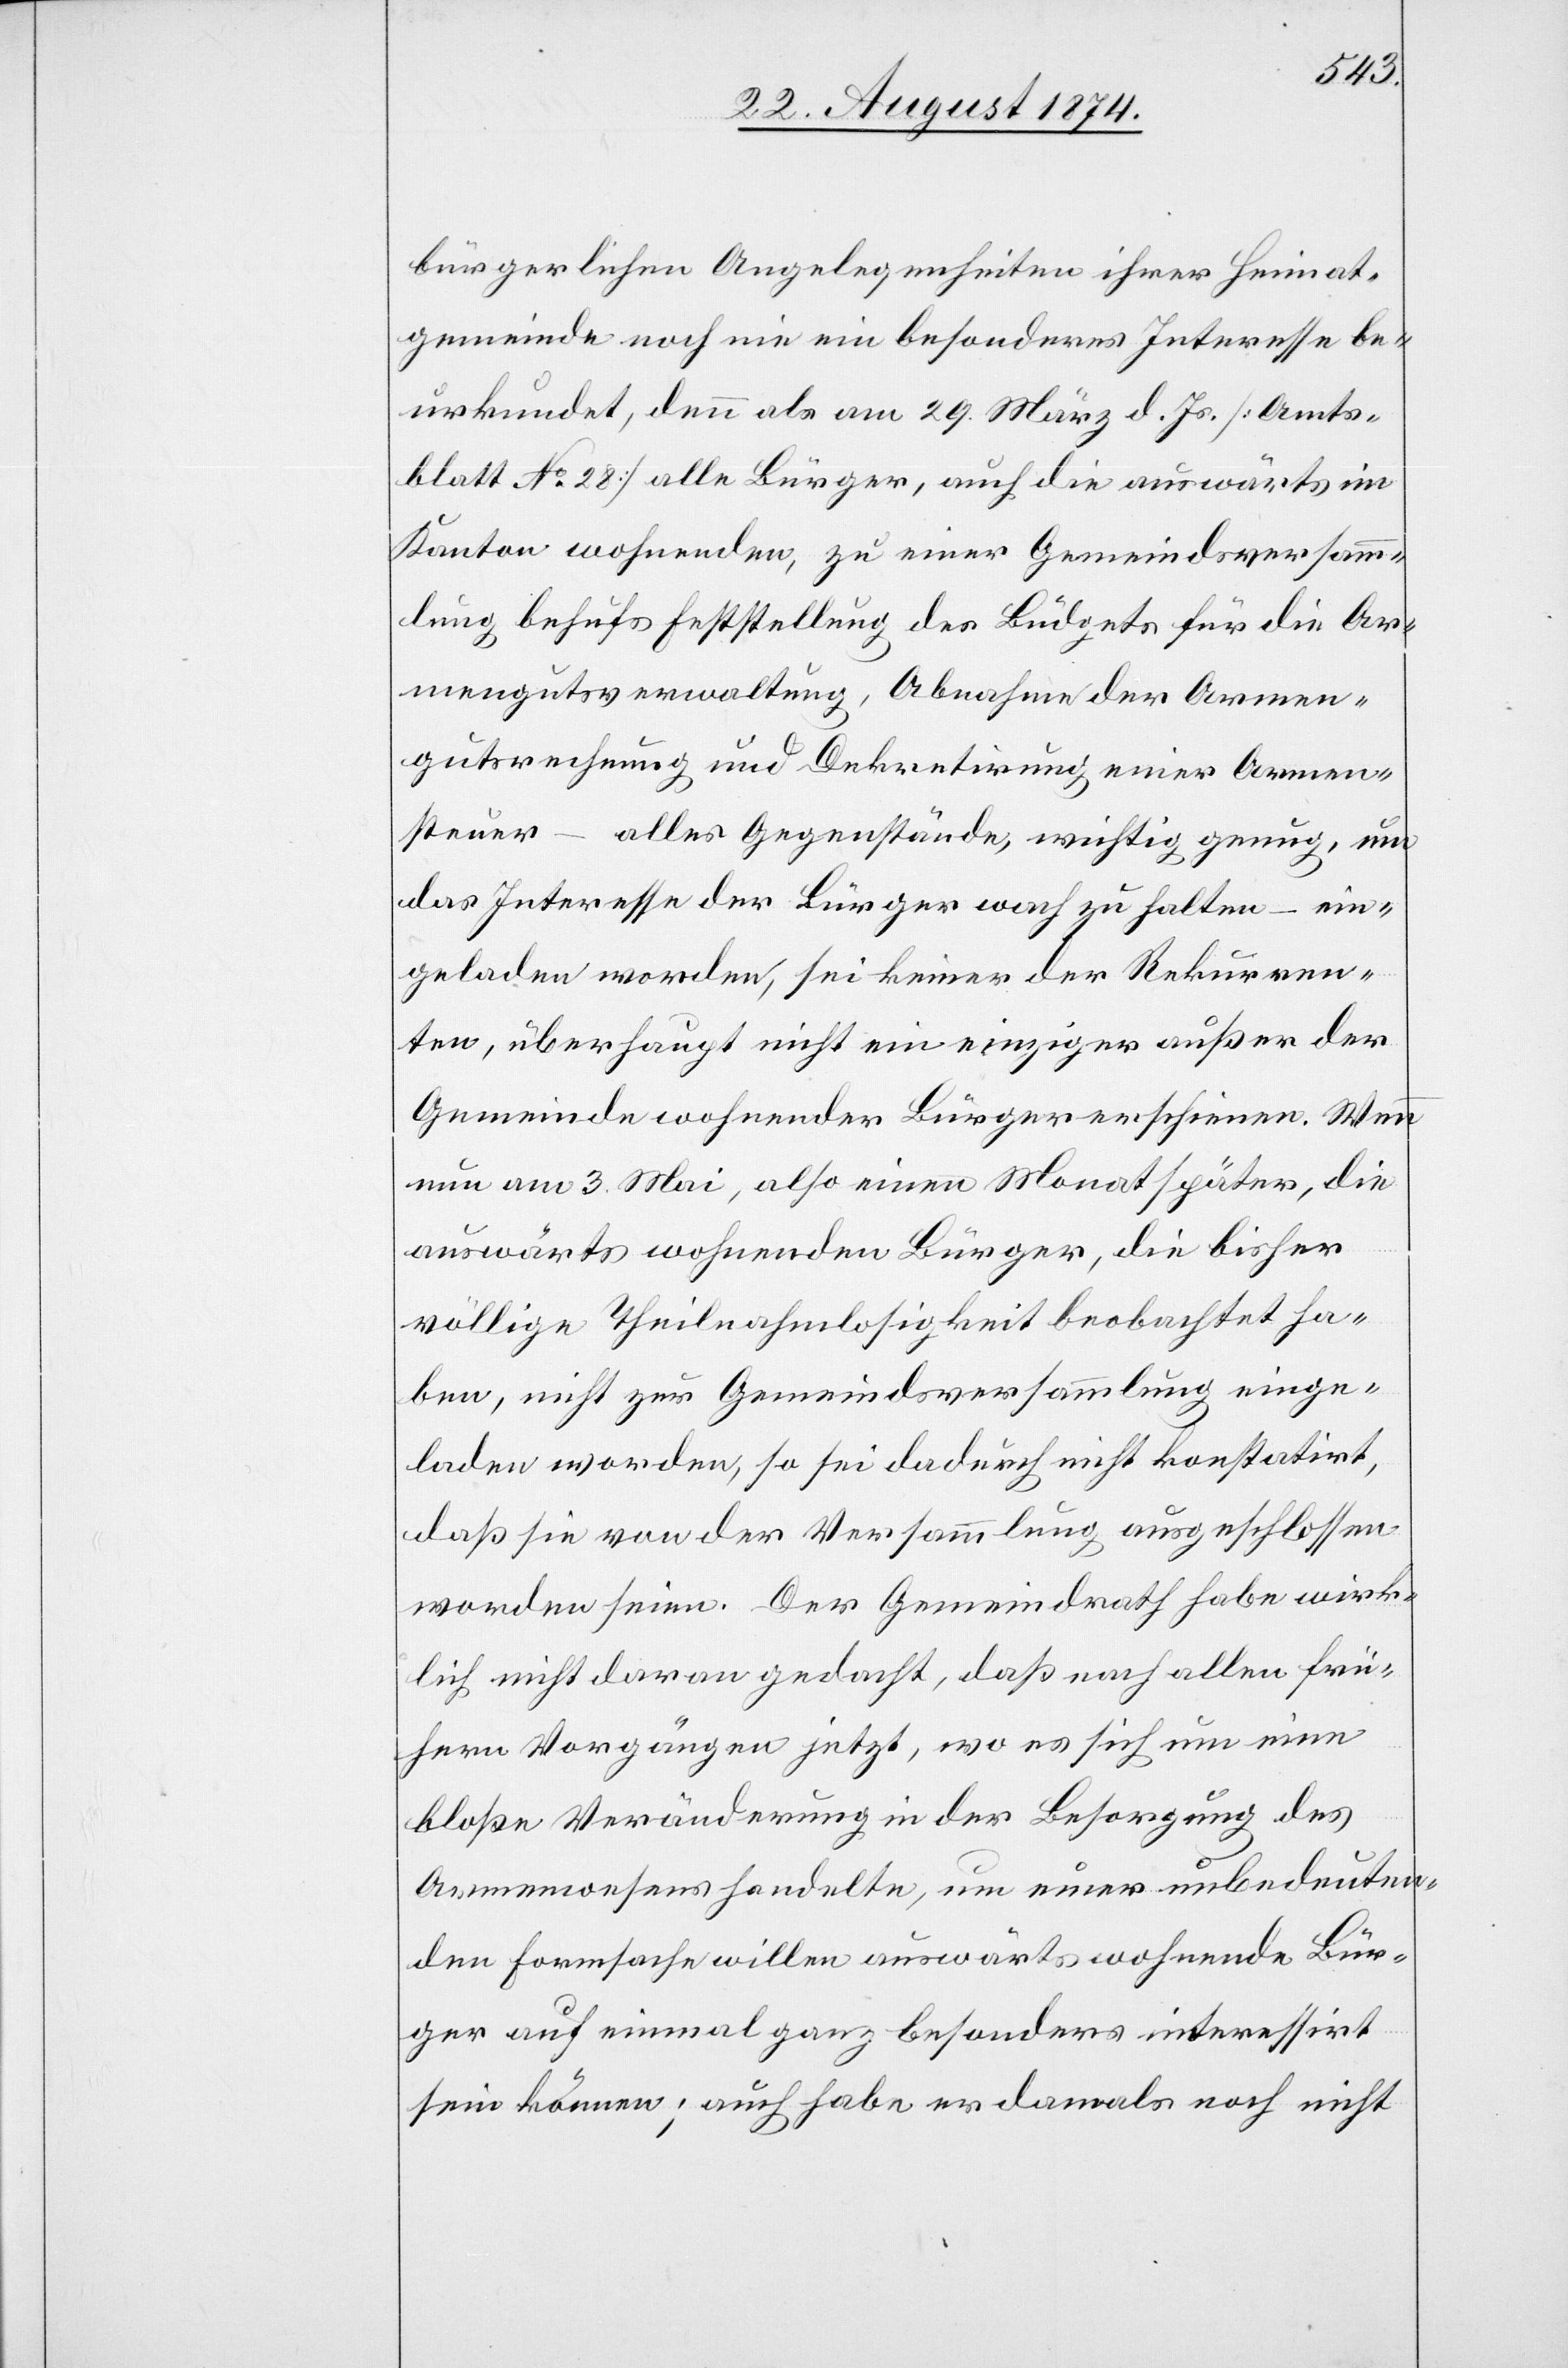
bürgerlichen Angelegenheiten ihrer Heimat¬
gemeinde noch nie ein besonderes Interesse be¬
urkundet, denn als am 29. März d. Js. [Amts¬
blatt No 28] alle Bürger, auch die auswärts im
Kanton wohnenden, zu einer Gemeindsversamm¬
ung behufs Erstellung des Budgets für die Ar¬
mengutsverwaltung, Abnahme der Armen¬
gutsrechnung und Dekretirung einer Armen¬
steuer – alles Gegenstände, wichtig genug, um
das Interesse der Bürger wach zu halten – ein¬
geladen worden, sei keiner der Rekurren¬
ten, überhaupt nicht ein einziger außer der
Gemeinde wohnender Bürger erschienen. Wenn
nun am 3. Mai, also einen Monat später, die
auswärts wohnenden Bürger, die bisher
völlige Theilnahmslosigkeit beobachtet ha¬
ben, nicht zur Gemeindsversammlung einge¬
laden worden, so sei dadurch nicht konstatirt,
das sie von der Versammlung ausgeschlossen
worden seien. Der Gemeindrath habe wirk¬
lich nicht daran gedacht, daß nach allen frü¬
hern Vorgängen jetzt, wo es sich um eine
bloße Veränderung in der Besorgung des
Armenwesens handelte, um einer unbedeuten¬
den Formsache willen auswärts wohnende Bür¬
ger auf einmal ganz besonders interessirt
sein können; auch habe er damals noch nicht